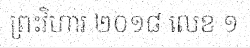
ព្រះវិហារ ២០១៨ លេខ ១